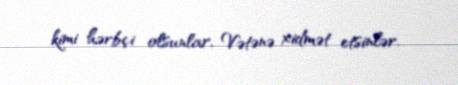
kimi hərbçi olsunlar, Vətənə xidmət etsinlər.